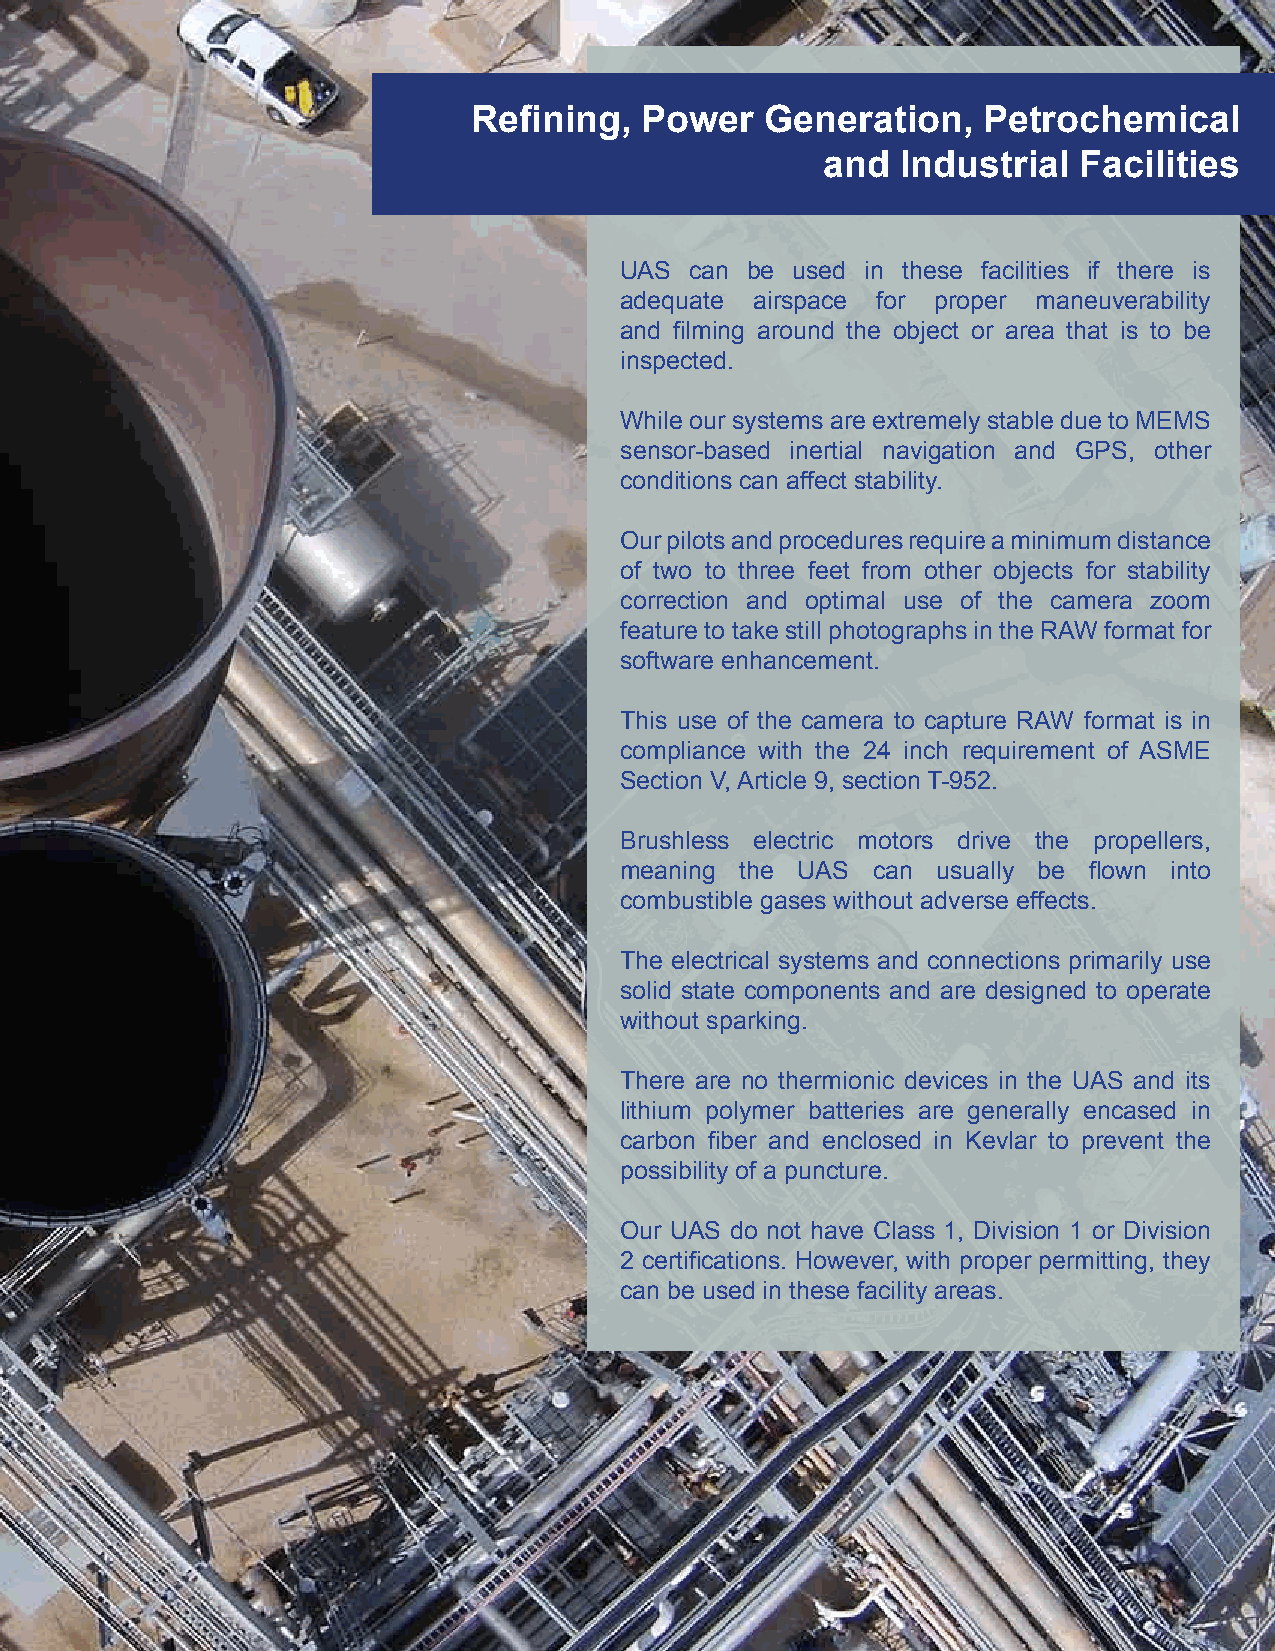
Refining,   Power   Generation,   Petrochemical
 and  Industrial Facilities
 UAS  can be used in these facilities if there is
 adequate airspace for proper maneuverability
 and filming around the object or area that is to be
 inspected.
 While our systems are extremely stable due to MEMS
 sensor-based inertial navigation and GPS, other
 conditions can affect stability.
 Our pilots and procedures require a minimum distance
 of two to three feet from other objects for stability
 correction and optimal use of the camera zoom
 feature to take still photographs in the RAW format for
 software enhancement.
 This use of the camera to capture RAW format is in
 compliance with the 24 inch requirement of ASME
 Section V, Article 9, section T-952.
 Brushless electric motors drive the propellers,
 meaning the UAS  can usually be flown into
 combustible gases without adverse effects.
 The electrical systems and connections primarily use
 solid state components and are designed to operate
 without sparking.
 There are no thermionic devices in the UAS and its
 lithium polymer batteries are generally encased in
 carbon fiber and enclosed in Kevlar to prevent the
 possibility of a puncture.
 Our UAS do not have Class 1, Division 1 or Division
 2 certifications. However, with proper permitting, they
 can be used in these facility areas.